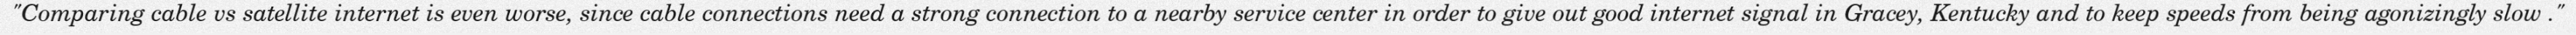
"Comparing cable vs satellite internet is even worse, since cable connections need a strong connection to a nearby service center in order to give out good internet signal in Gracey, Kentucky and to keep speeds from being agonizingly slow ."